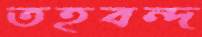
তহবন্দ